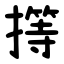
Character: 㩐